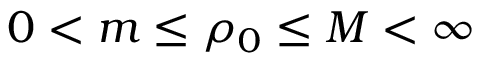
0 < m \le \rho _ { 0 } \le M < \infty